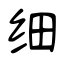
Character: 细